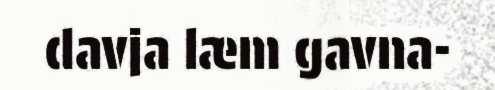
davja læm gavna-